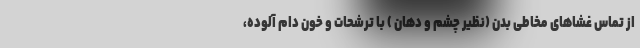
از تماس غشاهای مخاطی بدن (نظیر چشم و دهان ) با ترشحات و خون دام آلوده،